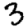
Digit: 3